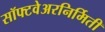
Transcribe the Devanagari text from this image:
सॉफ्टवेअरनिर्मिती